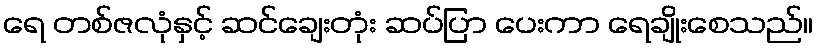
ရေ တစ်ဇလုံနှင့် ဆင်ချေးတုံး ဆပ်ပြာ ပေးကာ ရေချိုးစေသည်။